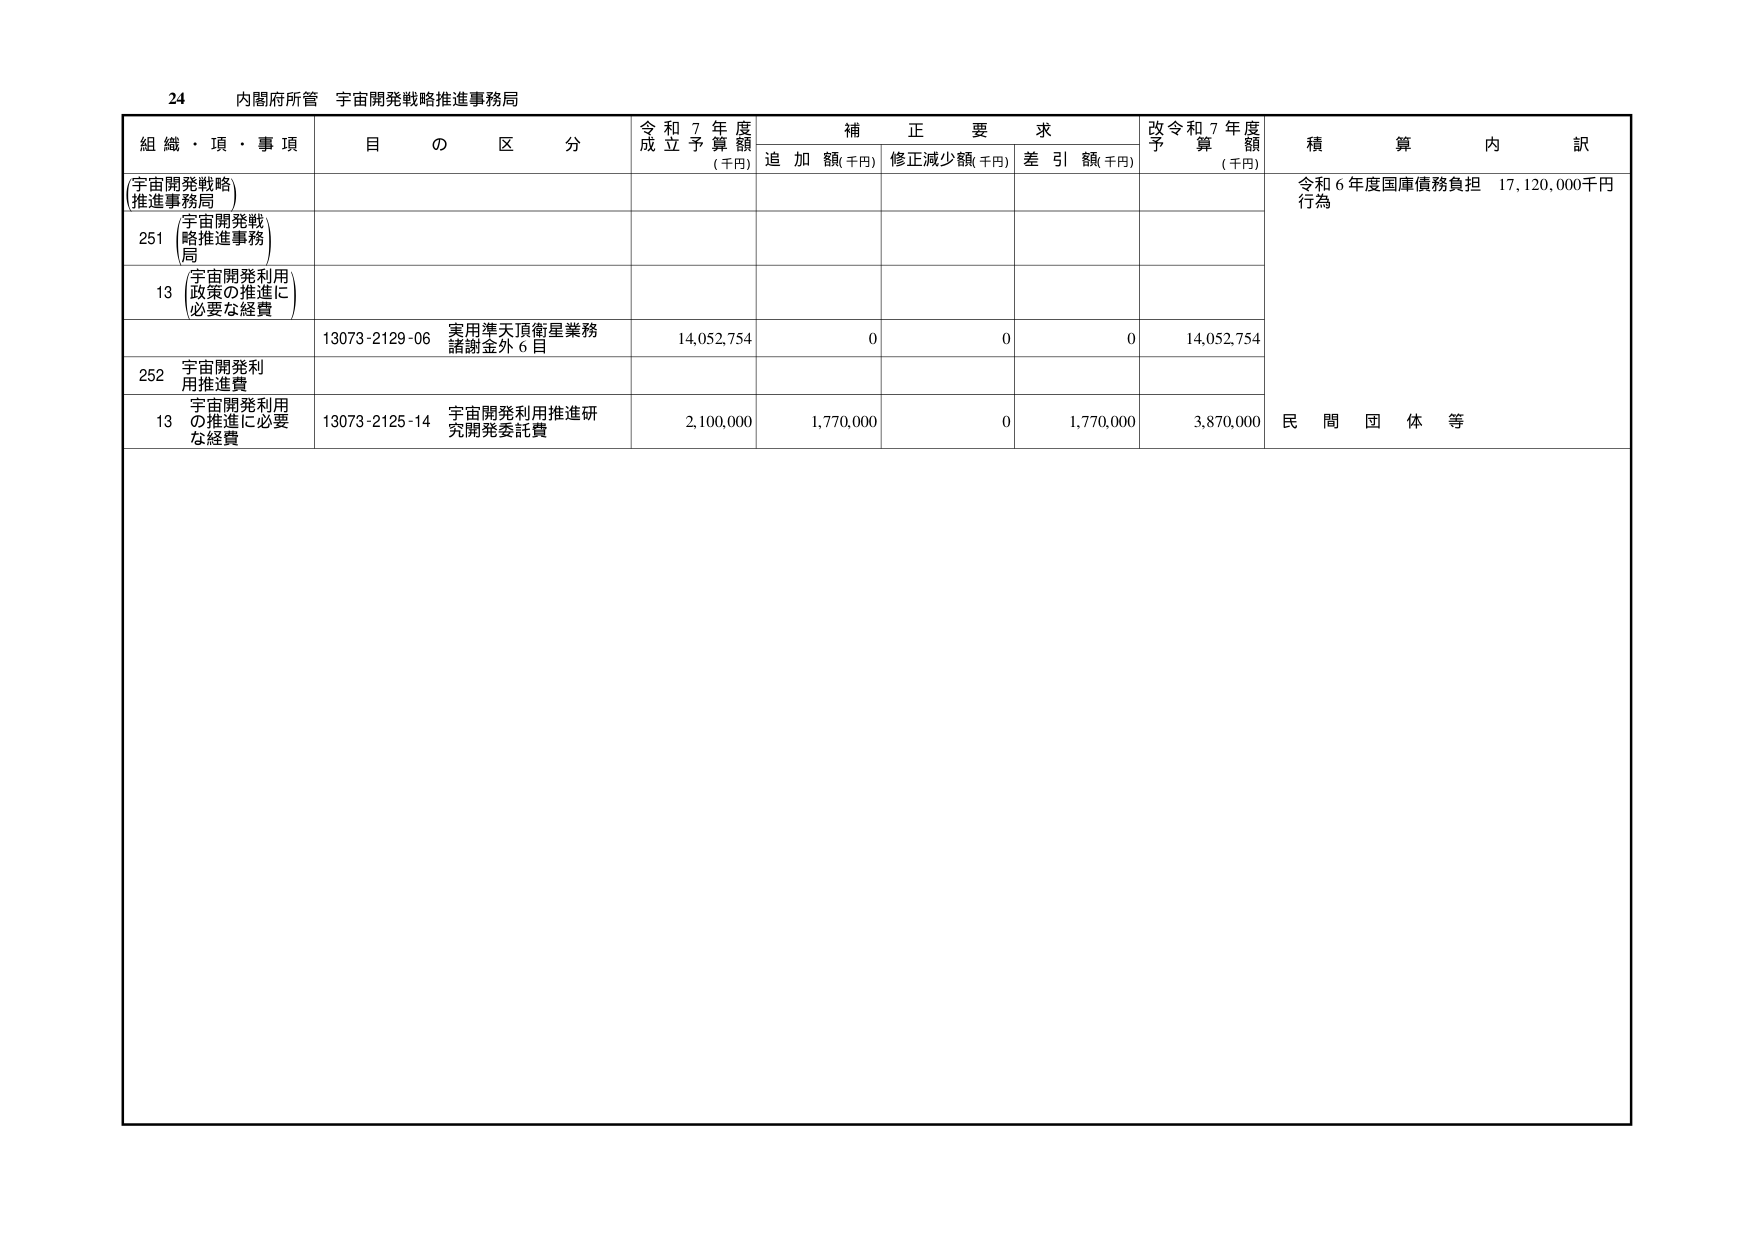
24 内閣府所管 宇宙開発戦略推進事務局

組織・項・事項 目の区分 令和7年度成立予算額（千円） 補正要求 追加額（千円） 修正減少額（千円） 差引額（千円） 改令和7年度予算額（千円） 積算内訳

(宇宙開発戦略推進事務局)

251 宇宙開発戦略推進事務局

13 (宇宙開発利用政策の推進に必要な経費)

13073-2129-06 実用準天頂衛星業務諸謝金外6目 14,052,754 0 0 0 14,052,754

252 宇宙開発利用推進費

13 宇宙開発利用の推進に必要な経費 13073-2125-14 宇宙開発利用推進研究開発委託費 2,100,000 1,770,000 0 1,770,000 3,870,000

令和6年度国庫債務負担行為 17,120,000千円

民間団体等